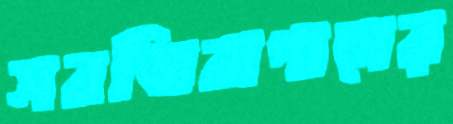
সবজিবাগানের